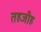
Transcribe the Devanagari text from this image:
तहजीह